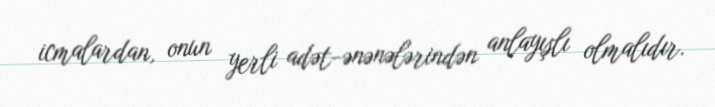
icmalardan, onun yerli adət-ənənələrindən anlayışlı olmalıdır.